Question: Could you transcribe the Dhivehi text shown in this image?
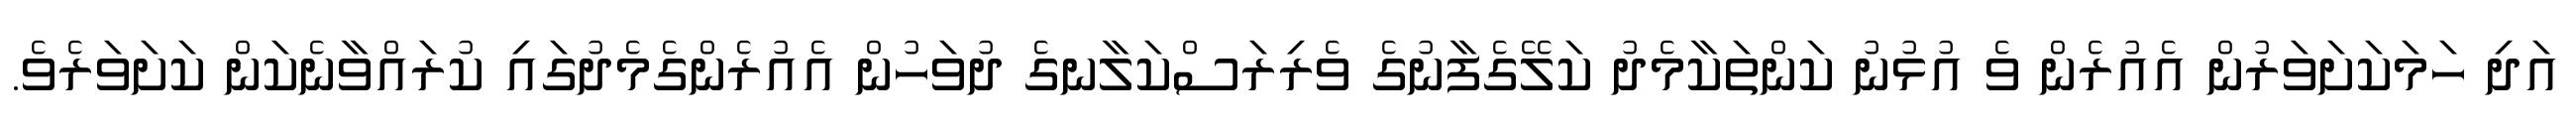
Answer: އަދި ހަމަކަށަވަރުން އެއުރެން ވެ އުޅުނު ކަންތަކާމެދު ކަލޭގެފާނުގެ ވެރިރަސްކަލާނގެ ދުވަހުން އެއުރެންގެމެދުގައި ކުރައްވާނެކަން ކަށަވަރެވެ.